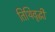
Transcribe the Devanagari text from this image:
तिथिवृद्धी